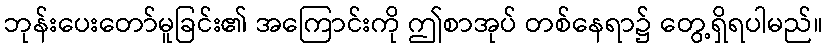
ဘုန်းပေးတော်မူခြင်း၏ အကြောင်းကို ဤစာအုပ် တစ်နေရာ၌ တွေ့ရှိရပါမည်။